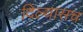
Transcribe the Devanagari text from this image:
दिल्यासच